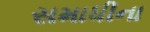
સમાધીના